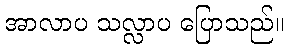
အာလာပ သလ္လာပ ပြောသည်။